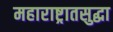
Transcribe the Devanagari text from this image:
महाराष्ट्रातसुद्धा